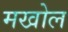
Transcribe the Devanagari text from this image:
मखोल